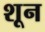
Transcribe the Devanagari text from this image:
शून